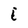
Character: i